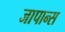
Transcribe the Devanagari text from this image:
जापान्स